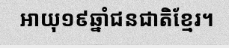
អាយុ១៩ឆ្នាំជនជាតិខ្មែរ។